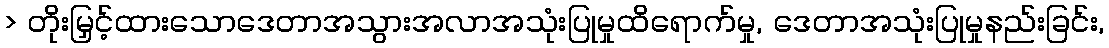
> တိုးမြှင့်ထားသောဒေတာအသွားအလာအသုံးပြုမှုထိရောက်မှု, ဒေတာအသုံးပြုမှုနည်းခြင်း,